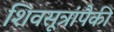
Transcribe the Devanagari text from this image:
शिवसूत्रांपैकी